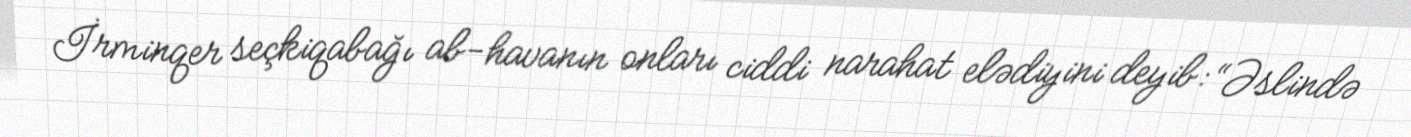
İrminqer seçkiqabağı ab-havanın onları ciddi narahat elədiyini deyib: “Əslində